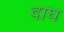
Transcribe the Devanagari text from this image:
दाघ